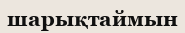
шарықтаймын